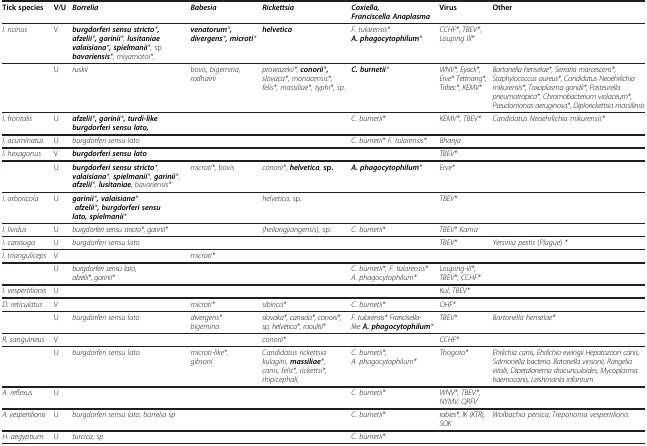
<table><thead><tr><td><b>Tick species</b></td><td><b>V/U</b></td><td><b><i>Borrelia</i></b></td><td><b><i>Babesia</i></b></td><td><b><i>Rickettsia</i></b></td><td><b><i>Coxiella, Franciscella Anaplasma</i></b></td><td><b>Virus</b></td><td><b>Other</b></td></tr></thead><tbody><tr><td><i>I. ricinus</i></td><td>V</td><td><b><i>burgdorferi sensu stricto</i></b><i>*</i><b><i>, afzelii</i></b><i>*</i><b><i>, garinii</i></b><i>*, </i><b><i>lusitaniae valaisiana</i></b><i>*</i><b><i>, spielmanii</i></b><i>*, </i>sp <b><i>bavariensis</i></b><i>*, miyamotoi*,</i></td><td><b><i>venatorum</i></b><i>*</i><b><i>, divergens</i></b><i>*</i><b><i>, microti</i></b><i>*</i></td><td><b><i>helvetica</i></b></td><td><i>F. tularensis* </i><b><i>A. phagocytophilum</i></b><i>*</i></td><td><i>CCHF*, TBEV*, Louping Ill*</i></td><td>[EMPTY_CELL]</td></tr><tr><td>[EMPTY_CELL]</td><td>U</td><td><i>ruskii</i></td><td><i>bovis, bigemina, rodhaini</i></td><td><i>prowazekii*, </i><b><i>conorii</i></b><i>*</i><b><i>,</i></b><i>slovaca*, monacensis*, felis*, massiliae*, typhi*, sp.</i></td><td><b><i>C. burnetii</i></b><i>*</i></td><td><i>WNV*, Eyack*, Erve* Tettnang*, Tribec*, KEMV*</i></td><td><i>Bartonella henselae*, Serratia marcescens*, Staphylococcus aureus*, Candidatus Neoehrlichia mikurensis*, Toxoplasma gondii*, Pasteurella pneumotropica*, Chromobacterium violaceum*, Pseudomonas aeruginosa*, Diplorickettsia massilinsis</i></td></tr><tr><td><i>I. frontalis</i></td><td>U</td><td><b><i>afzelii</i></b><i>*</i><b><i>, garinii</i></b><i>*</i><b><i>, turdi-like burgdorferi sensu lato,</i></b></td><td>[EMPTY_CELL]</td><td>[EMPTY_CELL]</td><td><i>C. burnetii*</i></td><td><i>KEMV*, TBEV*</i></td><td><i>Candidatus Neoehrlichia mikurensis*</i></td></tr><tr><td><i>I. acuminatus</i></td><td>U</td><td><i>burgdorferi sensu lato</i></td><td>[EMPTY_CELL]</td><td>[EMPTY_CELL]</td><td><i>C. burnetii* F. tularensis*</i></td><td><i>Bhanja</i></td><td>[EMPTY_CELL]</td></tr><tr><td><i>I. hexagonus</i></td><td>V</td><td><b><i>burgdorferi sensu lato</i></b></td><td>[EMPTY_CELL]</td><td>[EMPTY_CELL]</td><td>[EMPTY_CELL]</td><td><i>TBEV*</i></td><td>[EMPTY_CELL]</td></tr><tr><td>[EMPTY_CELL]</td><td>U</td><td><b><i>burgdorferi sensu stricto</i></b><i>*, </i><b><i>valaisiana</i></b><i>*, </i><b><i>spielmanii</i></b><i>*, </i><b><i>garinii</i></b><i>*, </i><b><i>afzelii</i></b><i>*, </i><b><i>lusitaniae</i></b><i>, bavariensis*</i></td><td><i>microti*, bovis</i></td><td><i>conorii*, </i><b><i>helvetica</i></b><i>, </i><b>sp.</b></td><td><b><i>A. phagocytophilum</i></b><i>*</i></td><td><i>Erve*</i></td><td>[EMPTY_CELL]</td></tr><tr><td><i>I. arboricola</i></td><td>U</td><td><b><i>garinii</i></b><i>*</i><b><i>, valaisiana</i></b><i>* </i><b><i>afzelii</i></b><i>*</i><b><i>, burgdorferi sensu lato, spielmanii</i></b><i>*</i></td><td>[EMPTY_CELL]</td><td><i>helvetica, </i>sp.</td><td>[EMPTY_CELL]</td><td><i>TBEV*</i></td><td>[EMPTY_CELL]</td></tr><tr><td><i>I. lividus</i></td><td>U</td><td><i>burgdorferi sensu stricto*, garinii*</i></td><td>[EMPTY_CELL]</td><td><i>(heilongjiangensis), </i>sp.</td><td><i>C. burnetii*</i></td><td><i>TBEV* Kama</i></td><td>[EMPTY_CELL]</td></tr><tr><td><i>I. canisuga</i></td><td>U</td><td><i>burgdorferi sensu lato</i></td><td>[EMPTY_CELL]</td><td>[EMPTY_CELL]</td><td>[EMPTY_CELL]</td><td><i>TBEV*</i></td><td><i>Yersinia pestis </i>(<i>Plague</i>) <i>*</i></td></tr><tr><td><i>I. trianguliceps</i></td><td>V</td><td>[EMPTY_CELL]</td><td><i>microti*</i></td><td>[EMPTY_CELL]</td><td>[EMPTY_CELL]</td><td>[EMPTY_CELL]</td><td>[EMPTY_CELL]</td></tr><tr><td>[EMPTY_CELL]</td><td>U</td><td><i>burgdorferi sensu lato, afzelii*, garinii*</i></td><td>[EMPTY_CELL]</td><td>[EMPTY_CELL]</td><td><i>C. burnetii*, F. tularensis* A. phagocytophilum*</i></td><td><i>Louping-ill*, TBEV*, CCHF*</i></td><td>[EMPTY_CELL]</td></tr><tr><td><i>I. vespertilionis</i></td><td>U</td><td>[EMPTY_CELL]</td><td>[EMPTY_CELL]</td><td>[EMPTY_CELL]</td><td>[EMPTY_CELL]</td><td><i>Kul, TBEV*</i></td><td>[EMPTY_CELL]</td></tr><tr><td><i>D. reticulatus</i></td><td>V</td><td>[EMPTY_CELL]</td><td><i>microti*</i></td><td><i>sibirica*</i></td><td><i>C. burnetii*</i></td><td><i>OHF*</i></td><td>[EMPTY_CELL]</td></tr><tr><td>[EMPTY_CELL]</td><td>U</td><td><i>burgdorferi sensu lato</i></td><td><i>divergens* bigemina</i></td><td><i>slovaka*, canada*, conorii*, sp, helvetica*, raoultii*</i></td><td><i>F. tularensis* Francisella-like </i><b><i>A. phagocytophilum</i></b><i>*</i></td><td><i>TBEV*</i></td><td><i>Bartonella henselae*</i></td></tr><tr><td><i>R. sanguineus</i></td><td>V</td><td>[EMPTY_CELL]</td><td>[EMPTY_CELL]</td><td><i>conorii*</i></td><td>[EMPTY_CELL]</td><td><i>CCHF*</i></td><td>[EMPTY_CELL]</td></tr><tr><td>[EMPTY_CELL]</td><td>U</td><td><i>burgdorferi sensu lato</i></td><td><i>microti-like*, gibsoni</i></td><td><i>Candidatus rickettsia kulagini, </i><b><i>massiliae</i></b><i>*, canis, felis*, rickettsi*, rhipicephali,</i></td><td><i>C. burnetii*, A. phagocytophilum*</i></td><td><i>Thogoto*</i></td><td><i>Ehrlichia canis, Ehrlichia ewingii Hepatozoon canis, Salmonella bacteria, Batonella vinsonii, Rangelia vitalii, Dipetalonema dracunculoides, Mycoplasma haemocanis, Leishmania infantum</i></td></tr><tr><td><i>A. reflexus</i></td><td>U</td><td>[EMPTY_CELL]</td><td>[EMPTY_CELL]</td><td>[EMPTY_CELL]</td><td><i>C. burnetii*</i></td><td><i>WNV*, TBEV*, NYMV, QRFV</i></td><td>[EMPTY_CELL]</td></tr><tr><td><i>A. vespertilionis</i></td><td>U</td><td><i>burgdorferi sensu lato, borrelia sp</i></td><td>[EMPTY_CELL]</td><td>[EMPTY_CELL]</td><td><i>C. burnetii*</i></td><td><i>rabies*, IK (KTR),SOK</i></td><td><i>Wolbachia persica, Treponoma vespertilionis</i></td></tr><tr><td><i>H. aegyptium</i></td><td>U</td><td><i>turcica, sp</i></td><td>[EMPTY_CELL]</td><td>[EMPTY_CELL]</td><td><i>C. burnetii*</i></td><td>[EMPTY_CELL]</td><td>[EMPTY_CELL]</td></tr></tbody></table>